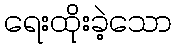
ရေးထိုးခဲ့သော